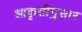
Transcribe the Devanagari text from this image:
आकृतीनुसार